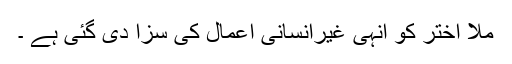
ملا اختر کو انہی غیرانسانی اعمال کی سزا دی گئی ہے ۔